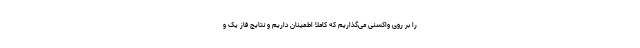
را بر روی واکسنی می‌گذاریم که کاملا اطمینان داریم و نتایج فاز یک و